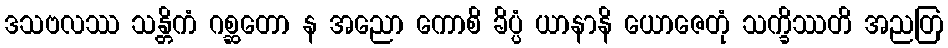
ဒသဗလဿ သန္တိကံ ဂစ္ဆတော န အညော ကောစိ ခိပ္ပံ ယာနာနိ ယောဇေတုံ သက္ခိဿတိ အညတြ